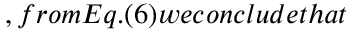
, f r o m E q . ( 6 ) w e c o n c l u d e t h a t